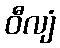
ဝီလျံ